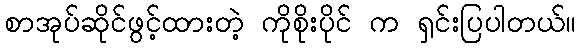
စာအုပ်ဆိုင်ဖွင့်ထားတဲ့ ကိုစိုးပိုင် က ရှင်းပြပါတယ်။